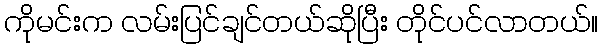
ကိုမင်းက လမ်းပြင်ချင်တယ်ဆိုပြီး တိုင်ပင်လာတယ်။